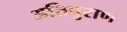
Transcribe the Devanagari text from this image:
अतिपुराण